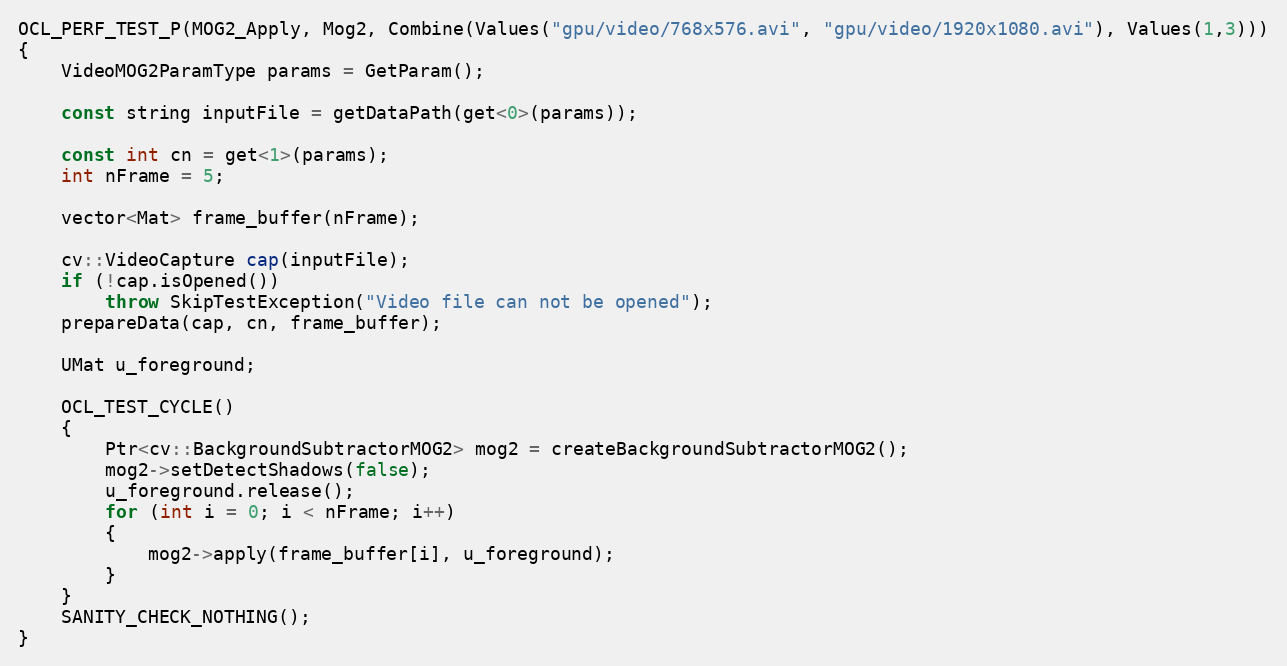
Language: C++
OCL_PERF_TEST_P(MOG2_Apply, Mog2, Combine(Values("gpu/video/768x576.avi", "gpu/video/1920x1080.avi"), Values(1,3)))
{
    VideoMOG2ParamType params = GetParam();

    const string inputFile = getDataPath(get<0>(params));

    const int cn = get<1>(params);
    int nFrame = 5;

    vector<Mat> frame_buffer(nFrame);

    cv::VideoCapture cap(inputFile);
    if (!cap.isOpened())
        throw SkipTestException("Video file can not be opened");
    prepareData(cap, cn, frame_buffer);

    UMat u_foreground;

    OCL_TEST_CYCLE()
    {
        Ptr<cv::BackgroundSubtractorMOG2> mog2 = createBackgroundSubtractorMOG2();
        mog2->setDetectShadows(false);
        u_foreground.release();
        for (int i = 0; i < nFrame; i++)
        {
            mog2->apply(frame_buffer[i], u_foreground);
        }
    }
    SANITY_CHECK_NOTHING();
}